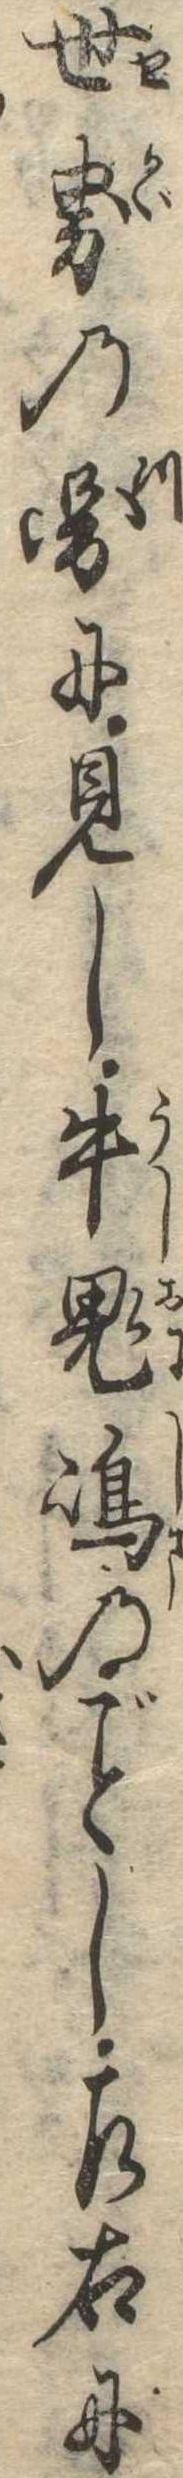
世界の図に見し牛鬼島のし左右に